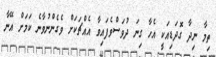
ތިމާ ނިދާ ގޮދަޑިއަކީ އެހާ ގިނަ ދުވަސްވެފައިވާ އެއްޗަަކަށް ވެގެންނުވާނެ ކަމަށް އޭނާ